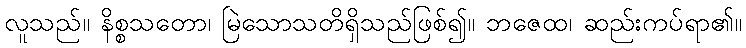
လူသည်။ နိစ္စသတော၊ မြဲသောသတိရှိသည်ဖြစ်၍။ ဘဇေထ၊ ဆည်းကပ်ရာ၏။